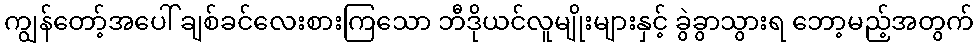
ကျွန်တော့်အပေါ် ချစ်ခင်လေးစားကြသော ဘီဒိုယင်လူမျိုးများနှင့် ခွဲခွာသွားရ ဘော့မည့်အတွက်